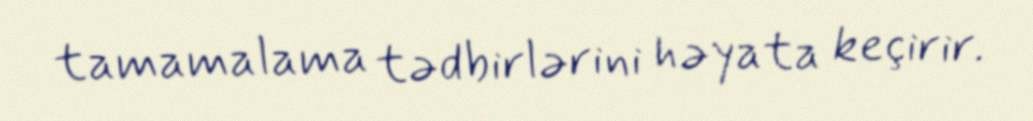
tamamalama tədbirlərini həyata keçirir.